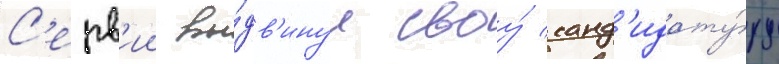
С'ерв'ии вы́дв'инул своу́ канд'идату́ру